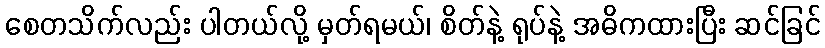
စေတသိက်လည်း ပါတယ်လို့ မှတ်ရမယ်၊ စိတ်နဲ့ ရုပ်နဲ့ အဓိကထားပြီး ဆင်ခြင်